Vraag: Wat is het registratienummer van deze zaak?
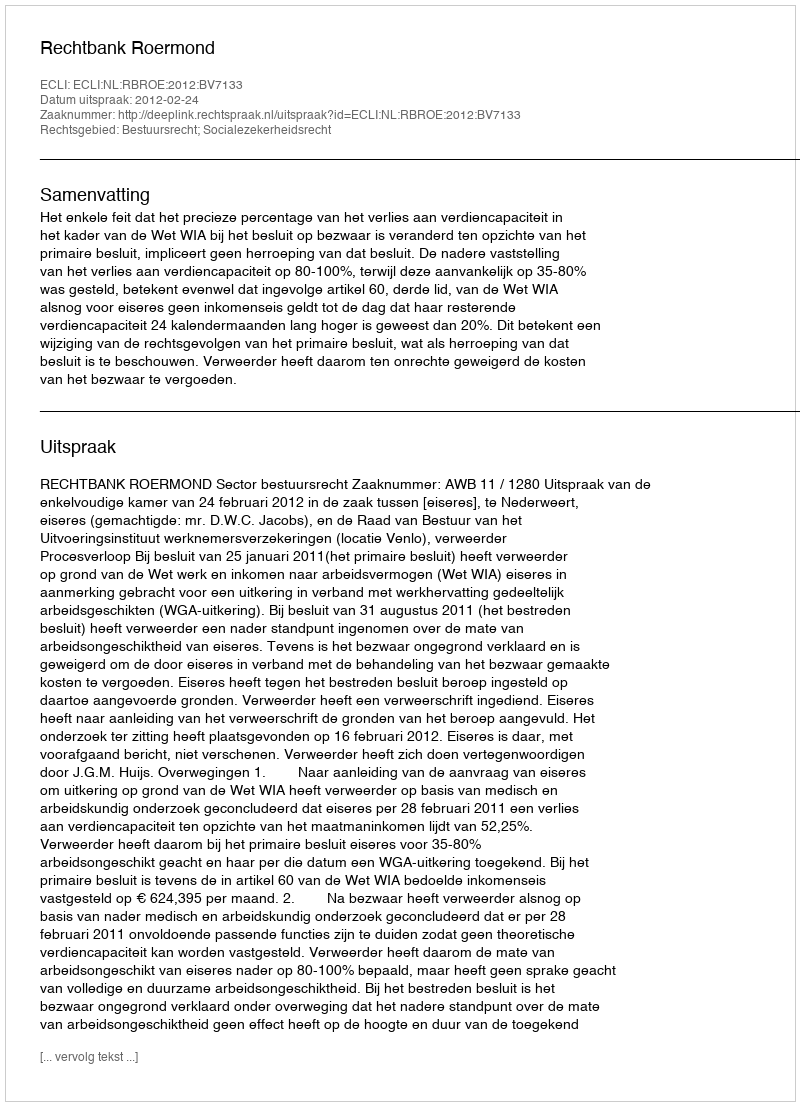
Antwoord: http://deeplink.rechtspraak.nl/uitspraak?id=ECLI:NL:RBROE:2012:BV7133